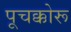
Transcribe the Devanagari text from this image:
पूचक्कोरू